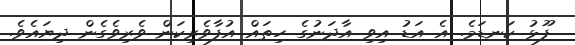
ފޫޅު ކަނޑަމެ. އެ އަޑު އިވި އާދަނުގެ ހިތައް އުފާވެރިކަން ވެރިވެގެން ދިޔައެވެ.